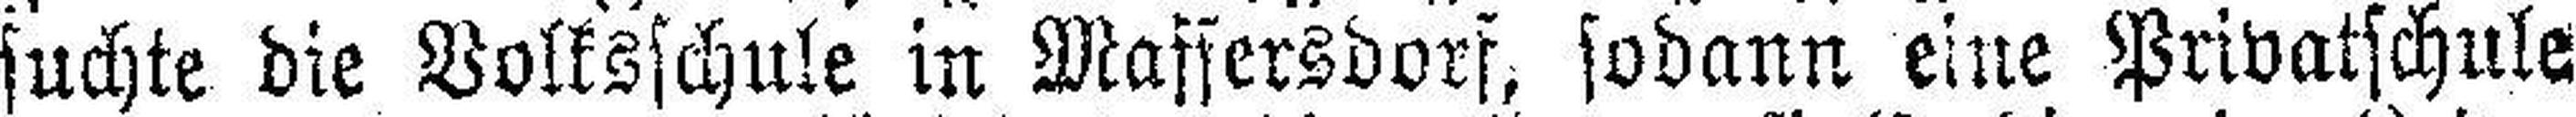
suchte die Volksschule in Maffersdorf, sodann eine Privatschule